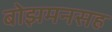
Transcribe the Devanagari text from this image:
बोझमनसह